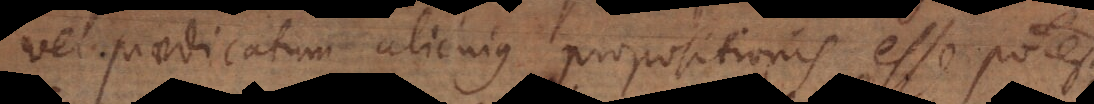
vel praedicatum alicujus propositionis esse potest